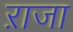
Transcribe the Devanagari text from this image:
ऱाजा